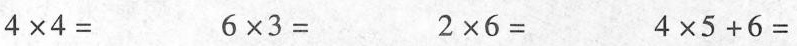
4×4= 6×3= 2×6= 4×5+6=